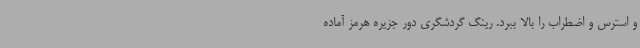
و استرس و اضطراب را بالا ببرد. رینگ گردشگری دور جزیره هرمز آماده